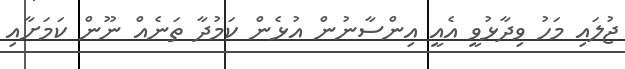
ޖުލައި މަހު ވިދާޅުވީ އެއީ އިންސާނުން އުޅެން ކަމުދާ ތަނެއް ނޫން ކަމަށާއި